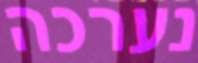
נערכה